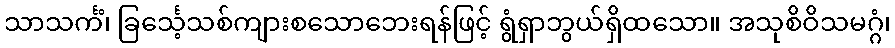
သာသင်္ကံ၊ ခြင်္သေ့သစ်ကျားစသောဘေးရန်ဖြင့် ရွံရှာဘွယ်ရှိထသော။ အသုစိဝိသမဂ္ဂံ၊